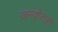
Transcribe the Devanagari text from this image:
जमशेतजी